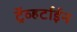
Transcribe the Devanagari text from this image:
ट्रॅव्हर्टाईन